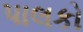
પાલકો